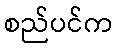
စည်ပင်က